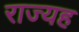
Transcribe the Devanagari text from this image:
राज्यह